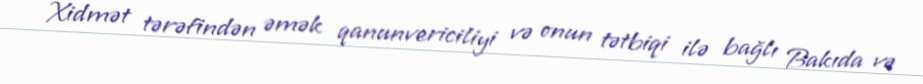
Xidmət tərəfindən əmək qanunvericiliyi və onun tətbiqi ilə bağlı Bakıda və